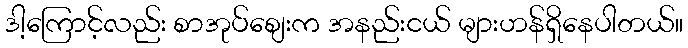
ဒါ့ကြောင့်လည်း စာအုပ်စျေးက အနည်းငယ် များဟန်ရှိနေပါတယ်။